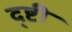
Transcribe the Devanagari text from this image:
द्ष्टी